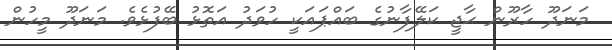
މަނަދޫ ހާރޫން ޙާޖީ ކަލޭފާނުގެ ބައްޕައަކީ ހުވަދު އަތޮޅު ބޭފުޅެވެ. މަނަދޫ މީހުން